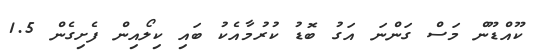
ކޫއްޑޫން މަސް ގަންނަ އަގު ބޮޑު ކުރުމާއެކު ބައި ކިލޯއިން ފެށިގެން 1.5